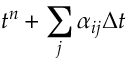
t ^ { n } + \sum _ { j } \alpha _ { i j } \Delta t